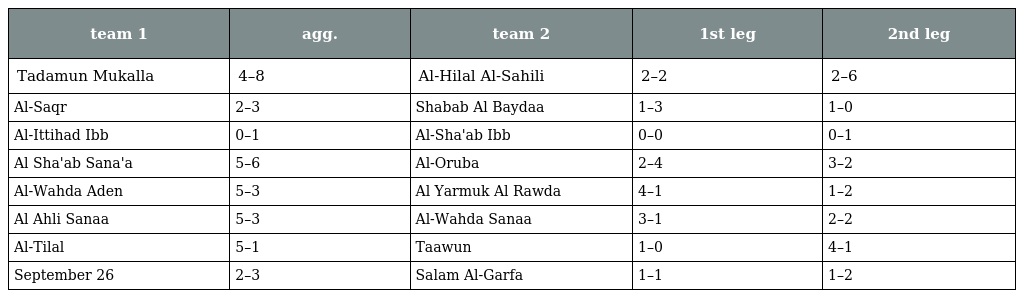
| team 1 | agg. | team 2 | 1st leg | 2nd leg |
 | --- | --- | --- | --- | --- |
 | Tadamun Mukalla | 4–8 | Al-Hilal Al-Sahili | 2–2 | 2–6 |
 | Al-Saqr | 2–3 | Shabab Al Baydaa | 1–3 | 1–0 |
 | Al-Ittihad Ibb | 0–1 | Al-Sha'ab Ibb | 0–0 | 0–1 |
 | Al Sha'ab Sana'a | 5–6 | Al-Oruba | 2–4 | 3–2 |
 | Al-Wahda Aden | 5–3 | Al Yarmuk Al Rawda | 4–1 | 1–2 |
 | Al Ahli Sanaa | 5–3 | Al-Wahda Sanaa | 3–1 | 2–2 |
 | Al-Tilal | 5–1 | Taawun | 1–0 | 4–1 |
 | September 26 | 2–3 | Salam Al-Garfa | 1–1 | 1–2 |